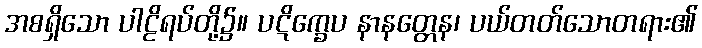
အစရှိသော ပါဠိရပ်တို့၌။ ပဋိက္ခေပ နာနတ္တေန၊ ပယ်တတ်သောတရား၏